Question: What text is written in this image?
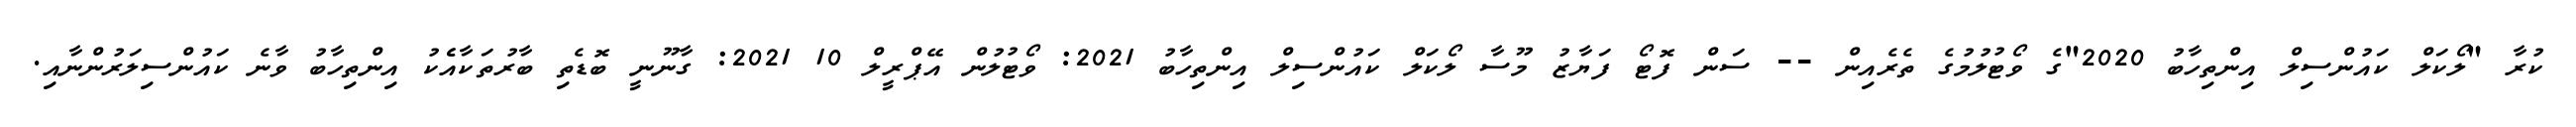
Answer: ކުރާ "ލޯކަލް ކައުންސިލް އިންތިހާބު 2020"ގެ ވޯޓުލުމުގެ ތެރެއިން -- ސަން ފޮޓޯ ފަޔާޒު މޫސާ ލޯކަލް ކައުންސިލް އިންތިހާބު 2021: ވޯޓުލުން އޭޕްރީލް 10 2021: ގާނޫނީ ބޮޑެތި ބާރުތަކާއެެކު އިންތިހާބު ވާނެ ކައުންސިލަރުންނާއި.